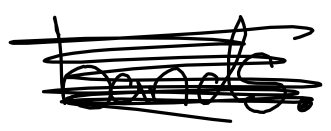
Text: bands.
Cross-out: mix
Writing tool: digital_black